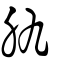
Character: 肍